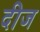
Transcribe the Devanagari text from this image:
दीज